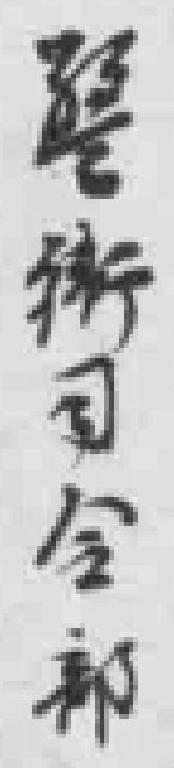
*街司令部